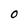
Character: O